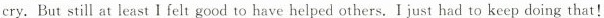
cry. But still at least I felt good to have helped others. I just had to keep doing that!